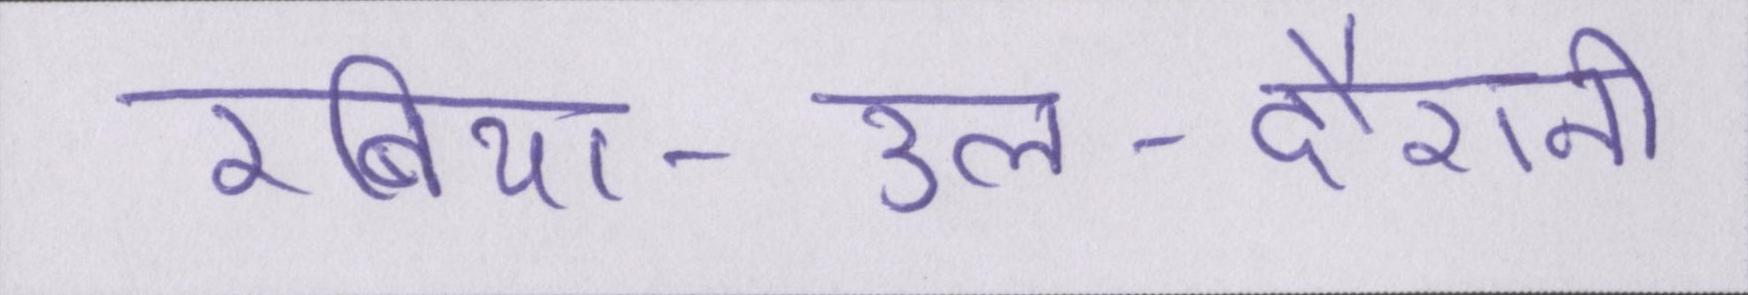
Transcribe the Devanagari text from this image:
रबिया-उल-दौरानी